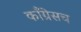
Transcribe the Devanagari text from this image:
काँग्रेसच